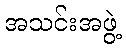
အသင်းအဖွဲ့